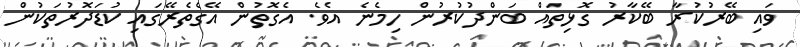
ވައި ބޭރުކުރާ ބޭކާރު ގޮޅިތައް ބަންދުކުރުން ހިމެނެ އެވެ. އެގޮތުން އޭގެތެރޭގައި ކުޑަދޮރުތަކުން